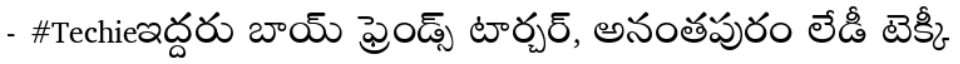
- #Techieఇద్దరు బాయ్ ఫ్రెండ్స్ టార్చర్, అనంతపురం లేడీ టెక్కీ